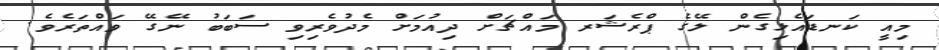
މިއީ ކަނޑައެޅިގެން ލޭގެ ޕްރެޝަރ މައްޗަށް ދިއުމަށް މެދުވެރިވި ސަބަބު ނޭގޭ ވައްތަރެވެ.